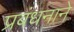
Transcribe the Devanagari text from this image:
प्रबंधनाने